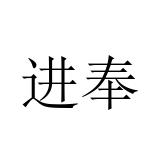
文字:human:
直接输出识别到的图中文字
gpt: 进奉